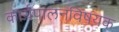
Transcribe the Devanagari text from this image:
कार्यपालनविषयक